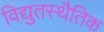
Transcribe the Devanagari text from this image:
विद्युतस्थैतिक